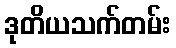
ဒုတိယသက်တမ်း